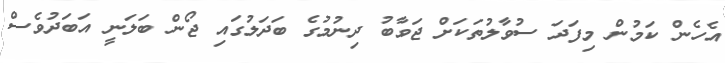
އެހެން ކަމުން މިފަދަ ސުވާލުތަކަށް ޖަވާބު ދިނުމުގެ ބަދަލުގައި ޖޯން ބަލަނީ އަބަދުވެސް